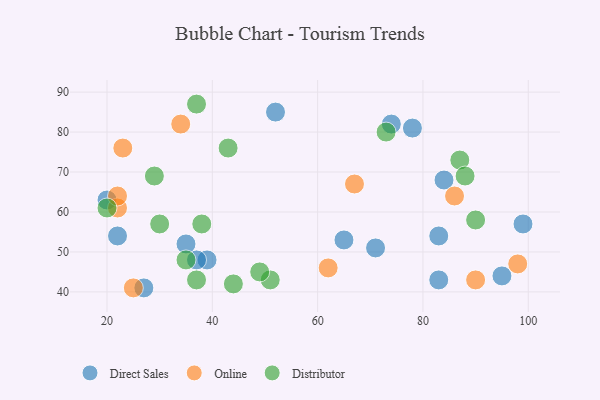
{"axis": {"x": "GDP", "y": "Life Expectancy"}, "legend": ["Direct Sales", "Distributor", "Online"], "data": [{"x": "22", "y": 54, "type": "Direct Sales"}, {"x": "52", "y": 85, "type": "Direct Sales"}, {"x": "95", "y": 44, "type": "Direct Sales"}, {"x": "39", "y": 48, "type": "Direct Sales"}, {"x": "37", "y": 48, "type": "Direct Sales"}, {"x": "83", "y": 43, "type": "Direct Sales"}, {"x": "65", "y": 53, "type": "Direct Sales"}, {"x": "99", "y": 57, "type": "Direct Sales"}, {"x": "20", "y": 63, "type": "Direct Sales"}, {"x": "71", "y": 51, "type": "Direct Sales"}, {"x": "74", "y": 82, "type": "Direct Sales"}, {"x": "27", "y": 41, "type": "Direct Sales"}, {"x": "78", "y": 81, "type": "Direct Sales"}, {"x": "84", "y": 68, "type": "Direct Sales"}, {"x": "83", "y": 54, "type": "Direct Sales"}, {"x": "35", "y": 52, "type": "Direct Sales"}, {"x": "86", "y": 64, "type": "Online"}, {"x": "22", "y": 61, "type": "Online"}, {"x": "67", "y": 67, "type": "Online"}, {"x": "34", "y": 82, "type": "Online"}, {"x": "62", "y": 46, "type": "Online"}, {"x": "98", "y": 47, "type": "Online"}, {"x": "23", "y": 76, "type": "Online"}, {"x": "25", "y": 41, "type": "Online"}, {"x": "90", "y": 43, "type": "Online"}, {"x": "22", "y": 64, "type": "Online"}, {"x": "37", "y": 87, "type": "Distributor"}, {"x": "38", "y": 57, "type": "Distributor"}, {"x": "29", "y": 69, "type": "Distributor"}, {"x": "73", "y": 80, "type": "Distributor"}, {"x": "35", "y": 48, "type": "Distributor"}, {"x": "30", "y": 57, "type": "Distributor"}, {"x": "51", "y": 43, "type": "Distributor"}, {"x": "49", "y": 45, "type": "Distributor"}, {"x": "37", "y": 43, "type": "Distributor"}, {"x": "43", "y": 76, "type": "Distributor"}, {"x": "90", "y": 58, "type": "Distributor"}, {"x": "87", "y": 73, "type": "Distributor"}, {"x": "88", "y": 69, "type": "Distributor"}, {"x": "44", "y": 42, "type": "Distributor"}, {"x": "20", "y": 61, "type": "Distributor"}]}